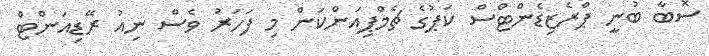
ސޮބާ ބުނީ ޕްރެޒިޑެންޓްސް ކަޕުގެ ޗެމްޕިއަންކަން މި ފަހަރު ވެސް ނިއު ރޭޑިއަންޓް